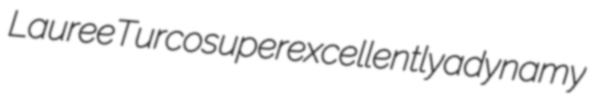
Lauree Turco superexcellently adynamy